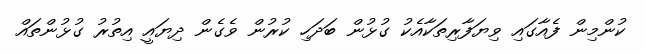
ކުންމިން ފެއާގައި ވިޔަފާރިތަކާއެކު ގުޅުން ބަދަހި ކުރުން ވެގެން ދިޔައީ އިތުރު ގުޅުންތައް